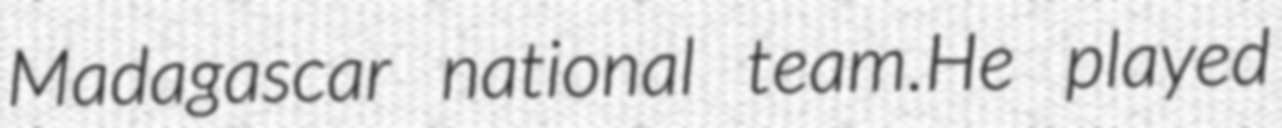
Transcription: Madagascar national team.He played